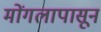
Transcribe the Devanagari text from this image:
मोंगलापासून